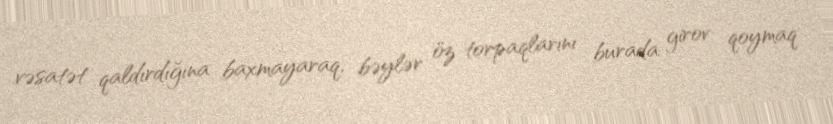
vəsatət qaldırdığına baxmayaraq, bəylər öz torpaqlarını burada girov qoymaq